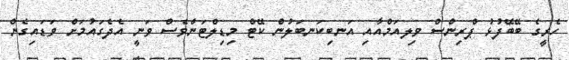
ހެރީގެ ބޭބޭފުޅު ޕްރިންސް ވިލއަމްއާއި އަނބިކަނބަލުން ކޭޓް މިޑިލްޓަންވެސް ވަނީ އެދެގައުމަށް ވަޑައިގެން